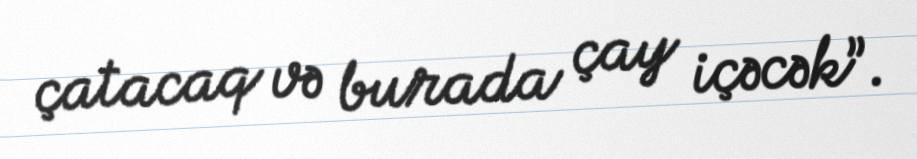
çatacaq və burada çay içəcək”.